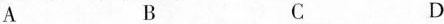
A B C D